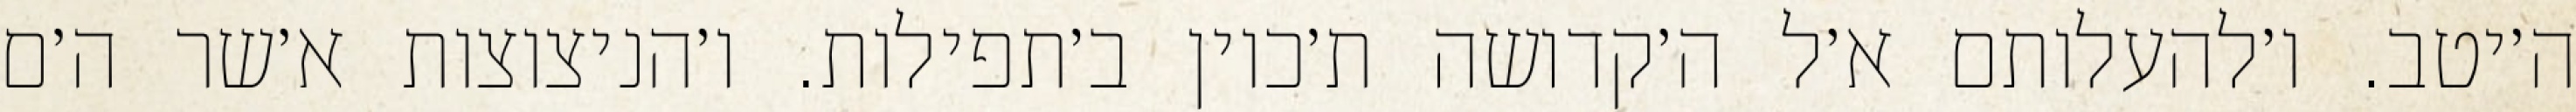
ה׳יטב. ו׳להעלותם א׳ל ה׳קדושה ת׳כוין ב׳תפילות. ו׳הניצוצות א׳שר ה׳ם